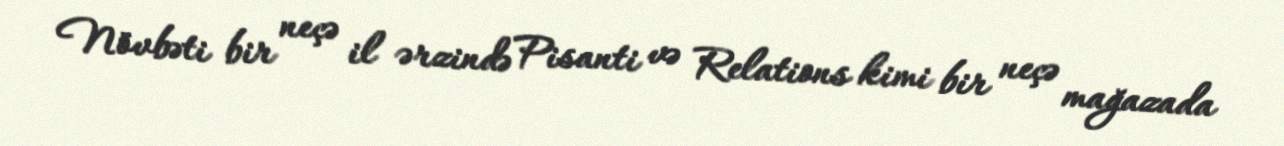
Növbəti bir neçə il ərzində Pisanti və Relations kimi bir neçə mağazada